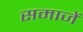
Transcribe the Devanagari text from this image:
समाजें